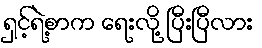
ရှင့်ရဲ့စာက ရေးလို့ ပြီးပြီလား